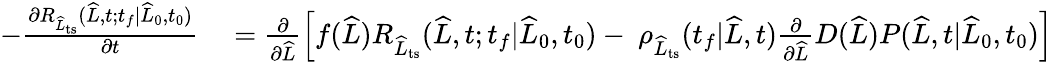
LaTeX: \begin{array}{rl}{-\frac{\partial R_{\widehat{L}_{\mathrm{ts}}}(\widehat{L},t;t_{f}|\widehat{L}_{0},t_{0})}{\partial t}}&{{}=\frac{\partial}{\partial\widehat{L}}\left[f(\widehat{L})R_{\widehat{L}_{\mathrm{ts}}}(\widehat{L},t;t_{f}|\widehat{L}_{0},t_{0})-\ \rho_{\widehat{L}_{\mathrm{ts}}}(t_{f}|\widehat{L},t)\frac{\partial}{\partial\widehat{L}}D(\widehat{L})P(\widehat{L},t|\widehat{L}_{0},t_{0})\right]}\end{array}